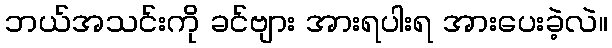
ဘယ်အသင်းကို ခင်ဗျား အားရပါးရ အားပေးခဲ့လဲ။